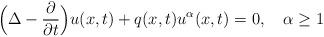
LaTeX: \begin{align*}\displaystyle \Big(\Delta - \frac{\partial}{\partial t}\Big) u(x,t) + q(x,t)u^\alpha(x,t) = 0, \ \ \ \alpha \geq 1\end{align*}